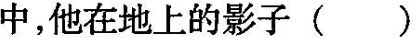
中，他在地上的影子( )